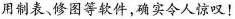
用制表、修图等软件，确实令人惊叹！